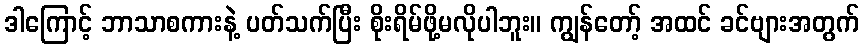
ဒါကြောင့် ဘာသာစကားနဲ့ ပတ်သက်ပြီး စိုးရိမ်ဖို့မလိုပါဘူး။ ကျွန်တော့် အထင် ခင်ဗျားအတွက်